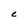
Character: c